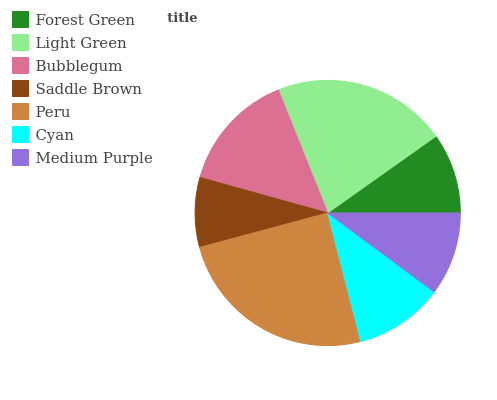
| Forest Green | Light Green | Bubblegum | Saddle Brown | Peru | Cyan | Medium Purple |
 | --- | --- | --- | --- | --- | --- | --- |
 | 9.81% | 21.3% | 14.6% | 8.48% | 24.8% | 10.8% | 10.1% |